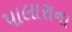
પાલારાના